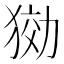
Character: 𤟋